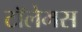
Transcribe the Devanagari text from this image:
टॉलेमस